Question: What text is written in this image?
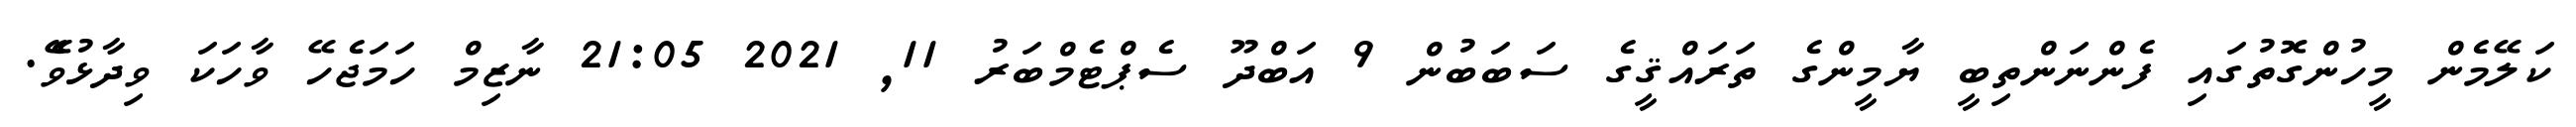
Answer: ކަލޭމެން މީހުންގޮތުގައި ފެންނަންތިބީ ޔާމީންގެ ތަރައްޤީގެ ސަބަބުން 9 އަބްދޫ ސެޕްޓެމްބަރު 11, 2021 21:05 ނާޒިމް ހަމަޖެހޭ ވާހަކަ ވިދާޅުވެޭ.